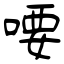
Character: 喓